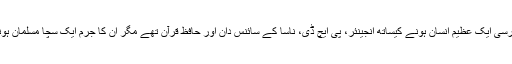
صدر مرسی ایک عظیم انسان ہونے کیساتھ انجینئر، پی ایچ ڈی، ناسا کے سائنس دان اور حافظ قرآن تھے مگر ان کا جرم ایک سچا مسلمان ہونا ٹھہرا۔